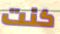
كنت